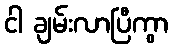
ငါ ချမ်းလာပြီကွာ